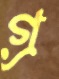
গ্র